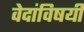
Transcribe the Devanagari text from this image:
वेदांविषयी